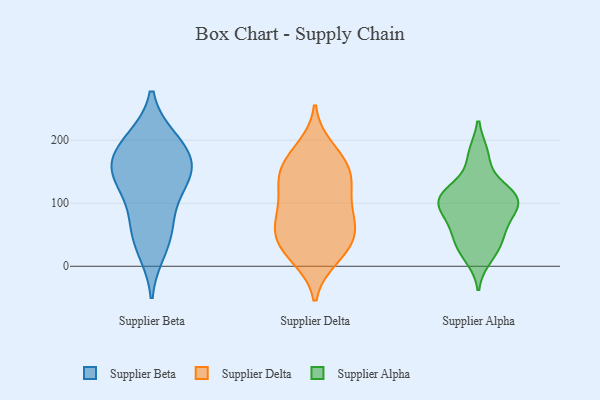
{"axis": {"x": "Gross Profit (USD K)", "y": "Value"}, "legend": ["Supplier Alpha", "Supplier Beta", "Supplier Delta"], "data": [{"x": "", "y": 27, "type": "Supplier Beta"}, {"x": "", "y": 51, "type": "Supplier Beta"}, {"x": "", "y": 153, "type": "Supplier Beta"}, {"x": "", "y": 70, "type": "Supplier Beta"}, {"x": "", "y": 199, "type": "Supplier Beta"}, {"x": "", "y": 158, "type": "Supplier Beta"}, {"x": "", "y": 200, "type": "Supplier Beta"}, {"x": "", "y": 139, "type": "Supplier Beta"}, {"x": "", "y": 179, "type": "Supplier Beta"}, {"x": "", "y": 149, "type": "Supplier Beta"}, {"x": "", "y": 111, "type": "Supplier Beta"}, {"x": "", "y": 32, "type": "Supplier Delta"}, {"x": "", "y": 37, "type": "Supplier Delta"}, {"x": "", "y": 188, "type": "Supplier Delta"}, {"x": "", "y": 115, "type": "Supplier Delta"}, {"x": "", "y": 96, "type": "Supplier Delta"}, {"x": "", "y": 151, "type": "Supplier Delta"}, {"x": "", "y": 138, "type": "Supplier Delta"}, {"x": "", "y": 13, "type": "Supplier Delta"}, {"x": "", "y": 15, "type": "Supplier Delta"}, {"x": "", "y": 163, "type": "Supplier Delta"}, {"x": "", "y": 144, "type": "Supplier Delta"}, {"x": "", "y": 175, "type": "Supplier Delta"}, {"x": "", "y": 79, "type": "Supplier Delta"}, {"x": "", "y": 127, "type": "Supplier Delta"}, {"x": "", "y": 74, "type": "Supplier Delta"}, {"x": "", "y": 66, "type": "Supplier Delta"}, {"x": "", "y": 47, "type": "Supplier Delta"}, {"x": "", "y": 56, "type": "Supplier Delta"}, {"x": "", "y": 67, "type": "Supplier Alpha"}, {"x": "", "y": 120, "type": "Supplier Alpha"}, {"x": "", "y": 100, "type": "Supplier Alpha"}, {"x": "", "y": 112, "type": "Supplier Alpha"}, {"x": "", "y": 176, "type": "Supplier Alpha"}, {"x": "", "y": 31, "type": "Supplier Alpha"}, {"x": "", "y": 177, "type": "Supplier Alpha"}, {"x": "", "y": 109, "type": "Supplier Alpha"}, {"x": "", "y": 47, "type": "Supplier Alpha"}, {"x": "", "y": 57, "type": "Supplier Alpha"}, {"x": "", "y": 88, "type": "Supplier Alpha"}, {"x": "", "y": 29, "type": "Supplier Alpha"}, {"x": "", "y": 88, "type": "Supplier Alpha"}, {"x": "", "y": 119, "type": "Supplier Alpha"}, {"x": "", "y": 15, "type": "Supplier Alpha"}, {"x": "", "y": 104, "type": "Supplier Alpha"}, {"x": "", "y": 107, "type": "Supplier Alpha"}]}